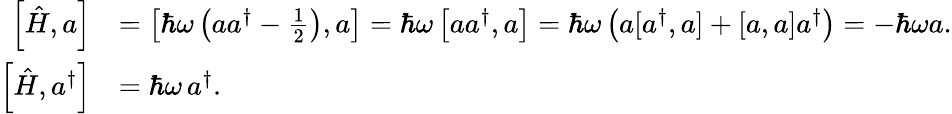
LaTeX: {\begin{array}{rl}{\left[{\hat{H}},a\right]}&{=\left[\hbar\omega\left(aa^{\dagger}-{\frac{1}{2}}\right),a\right]=\hbar\omega\left[aa^{\dagger},a\right]=\hbar\omega\left(a[a^{\dagger},a]+[a,a]a^{\dagger}\right)=-\hbar\omega a.}\\ {\left[{\hat{H}},a^{\dagger}\right]}&{=\hbar\omega\, a^{\dagger}.}\end{array}}